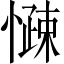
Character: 𱟑